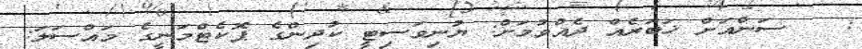
:   ސަންއަށް ޚަބަރެއް ދެއްވުމަށް: ޔުނިވަސިޓީ ކުދިންގެ ޕޮކެޓްމަނީގެ މައްސަލަ: